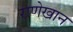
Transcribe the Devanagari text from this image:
राणेखान